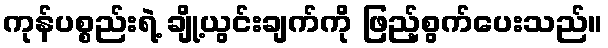
ကုန်ပစ္စည်းရဲ့ ချို့ယွင်းချက်ကို ဖြည့်စွက်ပေးသည်။